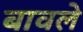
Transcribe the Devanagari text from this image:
बावले